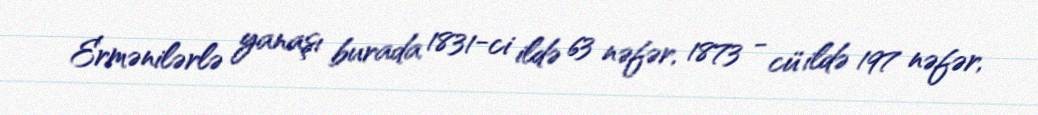
Ermənilərlə yanaşı burada 1831-ci ildə 63 nəfər, 1873 - cü ildə 197 nəfər,